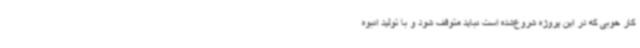
کار خوبی که در این پروژه شروع‌شده است نباید متوقف شود و با تولید انبوه